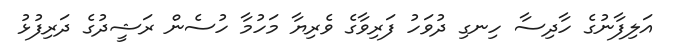
އަލިފާނުގެ ހާދިސާ ހިނގި ދުވަހު ފަރިވާގެ ވެރިޔާ މަހުމާ ހުސެން ރަޝީދުގެ ދަރިފުޅު